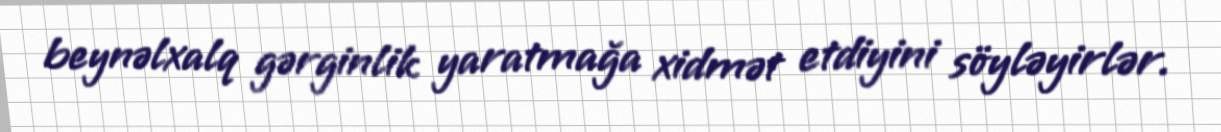
beynəlxalq gərginlik yaratmağa xidmət etdiyini söyləyirlər.